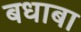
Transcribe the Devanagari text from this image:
बधाबा